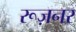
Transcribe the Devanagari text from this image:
रूज़नर